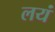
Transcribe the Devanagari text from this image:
लयं